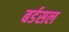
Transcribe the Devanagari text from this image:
बर्डसल